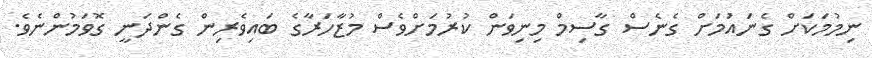
ނިމުމަކަށް ގެނައުަމަށް ގެނެސް ގާސިމް މިނިވަން ކުރުމަށްވެސް މުޒާހަރާގެ ބައިވެރިން ގެންދަނީ ގޮވަމުންނެވެ.